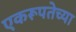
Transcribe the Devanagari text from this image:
एकरूपतेच्या